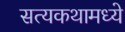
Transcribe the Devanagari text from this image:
सत्यकथामध्ये